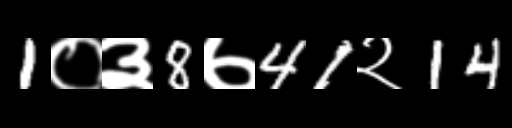
Text: 1०३8७41२14